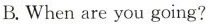
B.When are you going?